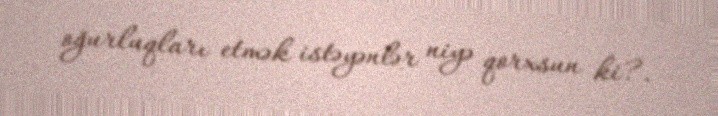
oğurluqları etmək istəyənlər niyə qorxsun ki?.